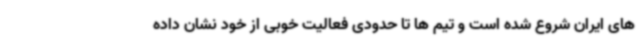
های ایران شروع شده است و تیم ها تا حدودی فعالیت خوبی از خود نشان داده